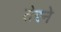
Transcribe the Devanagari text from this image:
तेरने